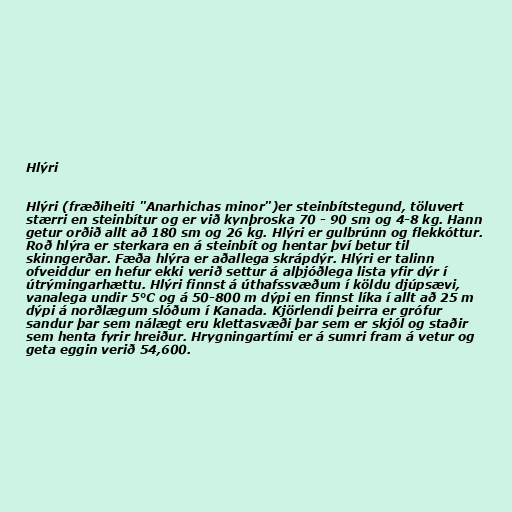
Hlýri

Hlýri (fræðiheiti "Anarhichas minor")er steinbítstegund, töluvert
stærri en steinbítur og er við kynþroska 70 - 90 sm og 4-8 kg. Hann
getur orðið allt að 180 sm og 26 kg. Hlýri er gulbrúnn og flekkóttur.
Roð hlýra er sterkara en á steinbít og hentar því betur til
skinngerðar. Fæða hlýra er aðallega skrápdýr. Hlýri er talinn
ofveiddur en hefur ekki verið settur á alþjóðlega lista yfir dýr í
útrýmingarhættu. Hlýri finnst á úthafssvæðum í köldu djúpsævi,
vanalega undir 5°C og á 50-800 m dýpi en finnst líka í allt að 25 m
dýpi á norðlægum slóðum í Kanada. Kjörlendi þeirra er grófur
sandur þar sem nálægt eru klettasvæði þar sem er skjól og staðir
sem henta fyrir hreiður. Hrygningartími er á sumri fram á vetur og
geta eggin verið 54,600.